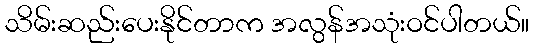
သိမ်းဆည်းပေးနိုင်တာက အလွန်အသုံးဝင်ပါတယ်။